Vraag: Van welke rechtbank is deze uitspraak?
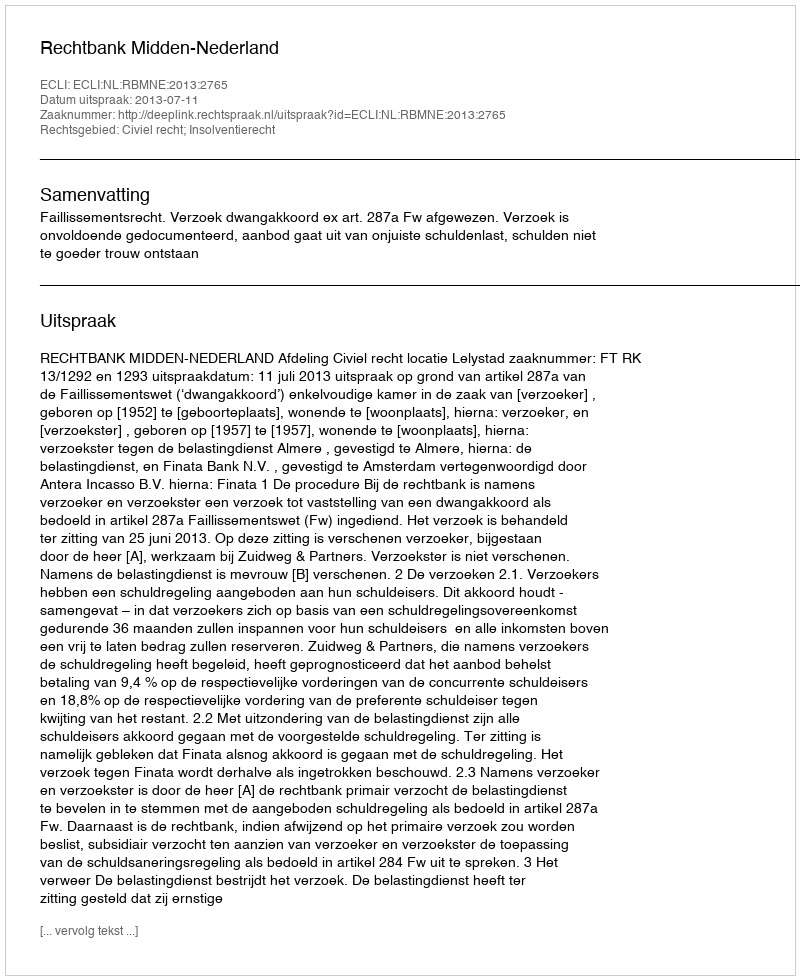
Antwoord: Rechtbank Midden-Nederland